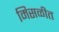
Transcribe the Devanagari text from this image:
मिसळीत